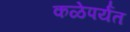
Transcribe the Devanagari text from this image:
कळेपर्यंत